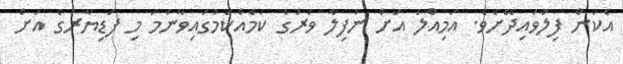
އެކަން ފިލުވައިދޭށެވެ. އަމިއްލަ އަށް ނުފިލާ ވަރުގެ ކަމެއްކަމުގައިވާނަމަ މި ފަޑިޔާރުގެ އަށް